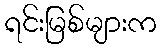
ရင်းမြစ်များက